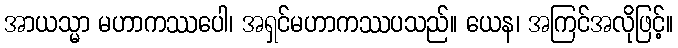
အာယသ္မာ မဟာကဿပေါ၊ အရှင်မဟာကဿပသည်။ ယေန၊ အကြင်အလိုဖြင့်။